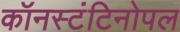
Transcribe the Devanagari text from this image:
कॉनस्टंटिनोपल